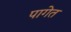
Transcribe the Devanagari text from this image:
पागेत